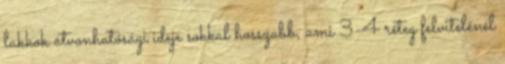
lakkok átvonhatósági ideje sokkal hosszabb, ami 3-4 réteg felvitelénél